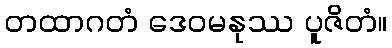
တထာဂတံ ဒေဝမနုဿ ပူဇိတံ။